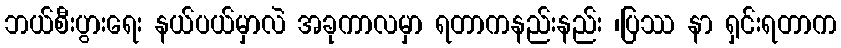
ဘယ်စီးပွားရေး နယ်ပယ်မှာလဲ အခုကာလမှာ ရတာကနည်းနည်း ၊ပြဿ နာ ရှင်းရတာက